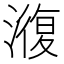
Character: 澓